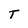
Character: T